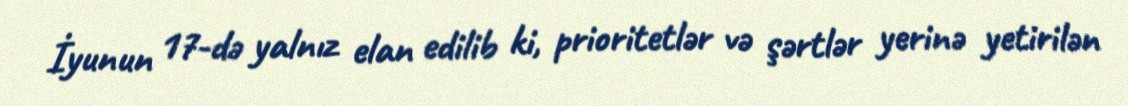
İyunun 17-də yalnız elan edilib ki, prioritetlər və şərtlər yerinə yetirilən